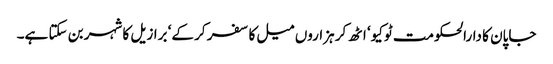
جاپان کا دارالحکومت ٹوکیو‘ اٹھ کر ہزاروں میل کا سفر کر کے‘ برازیل کا شہر بن سکتا ہے۔